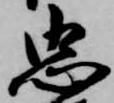
忠